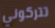
تتركوني